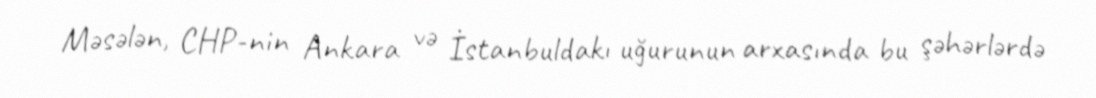
Məsələn, CHP-nin Ankara və İstanbuldakı uğurunun arxasında bu şəhərlərdə